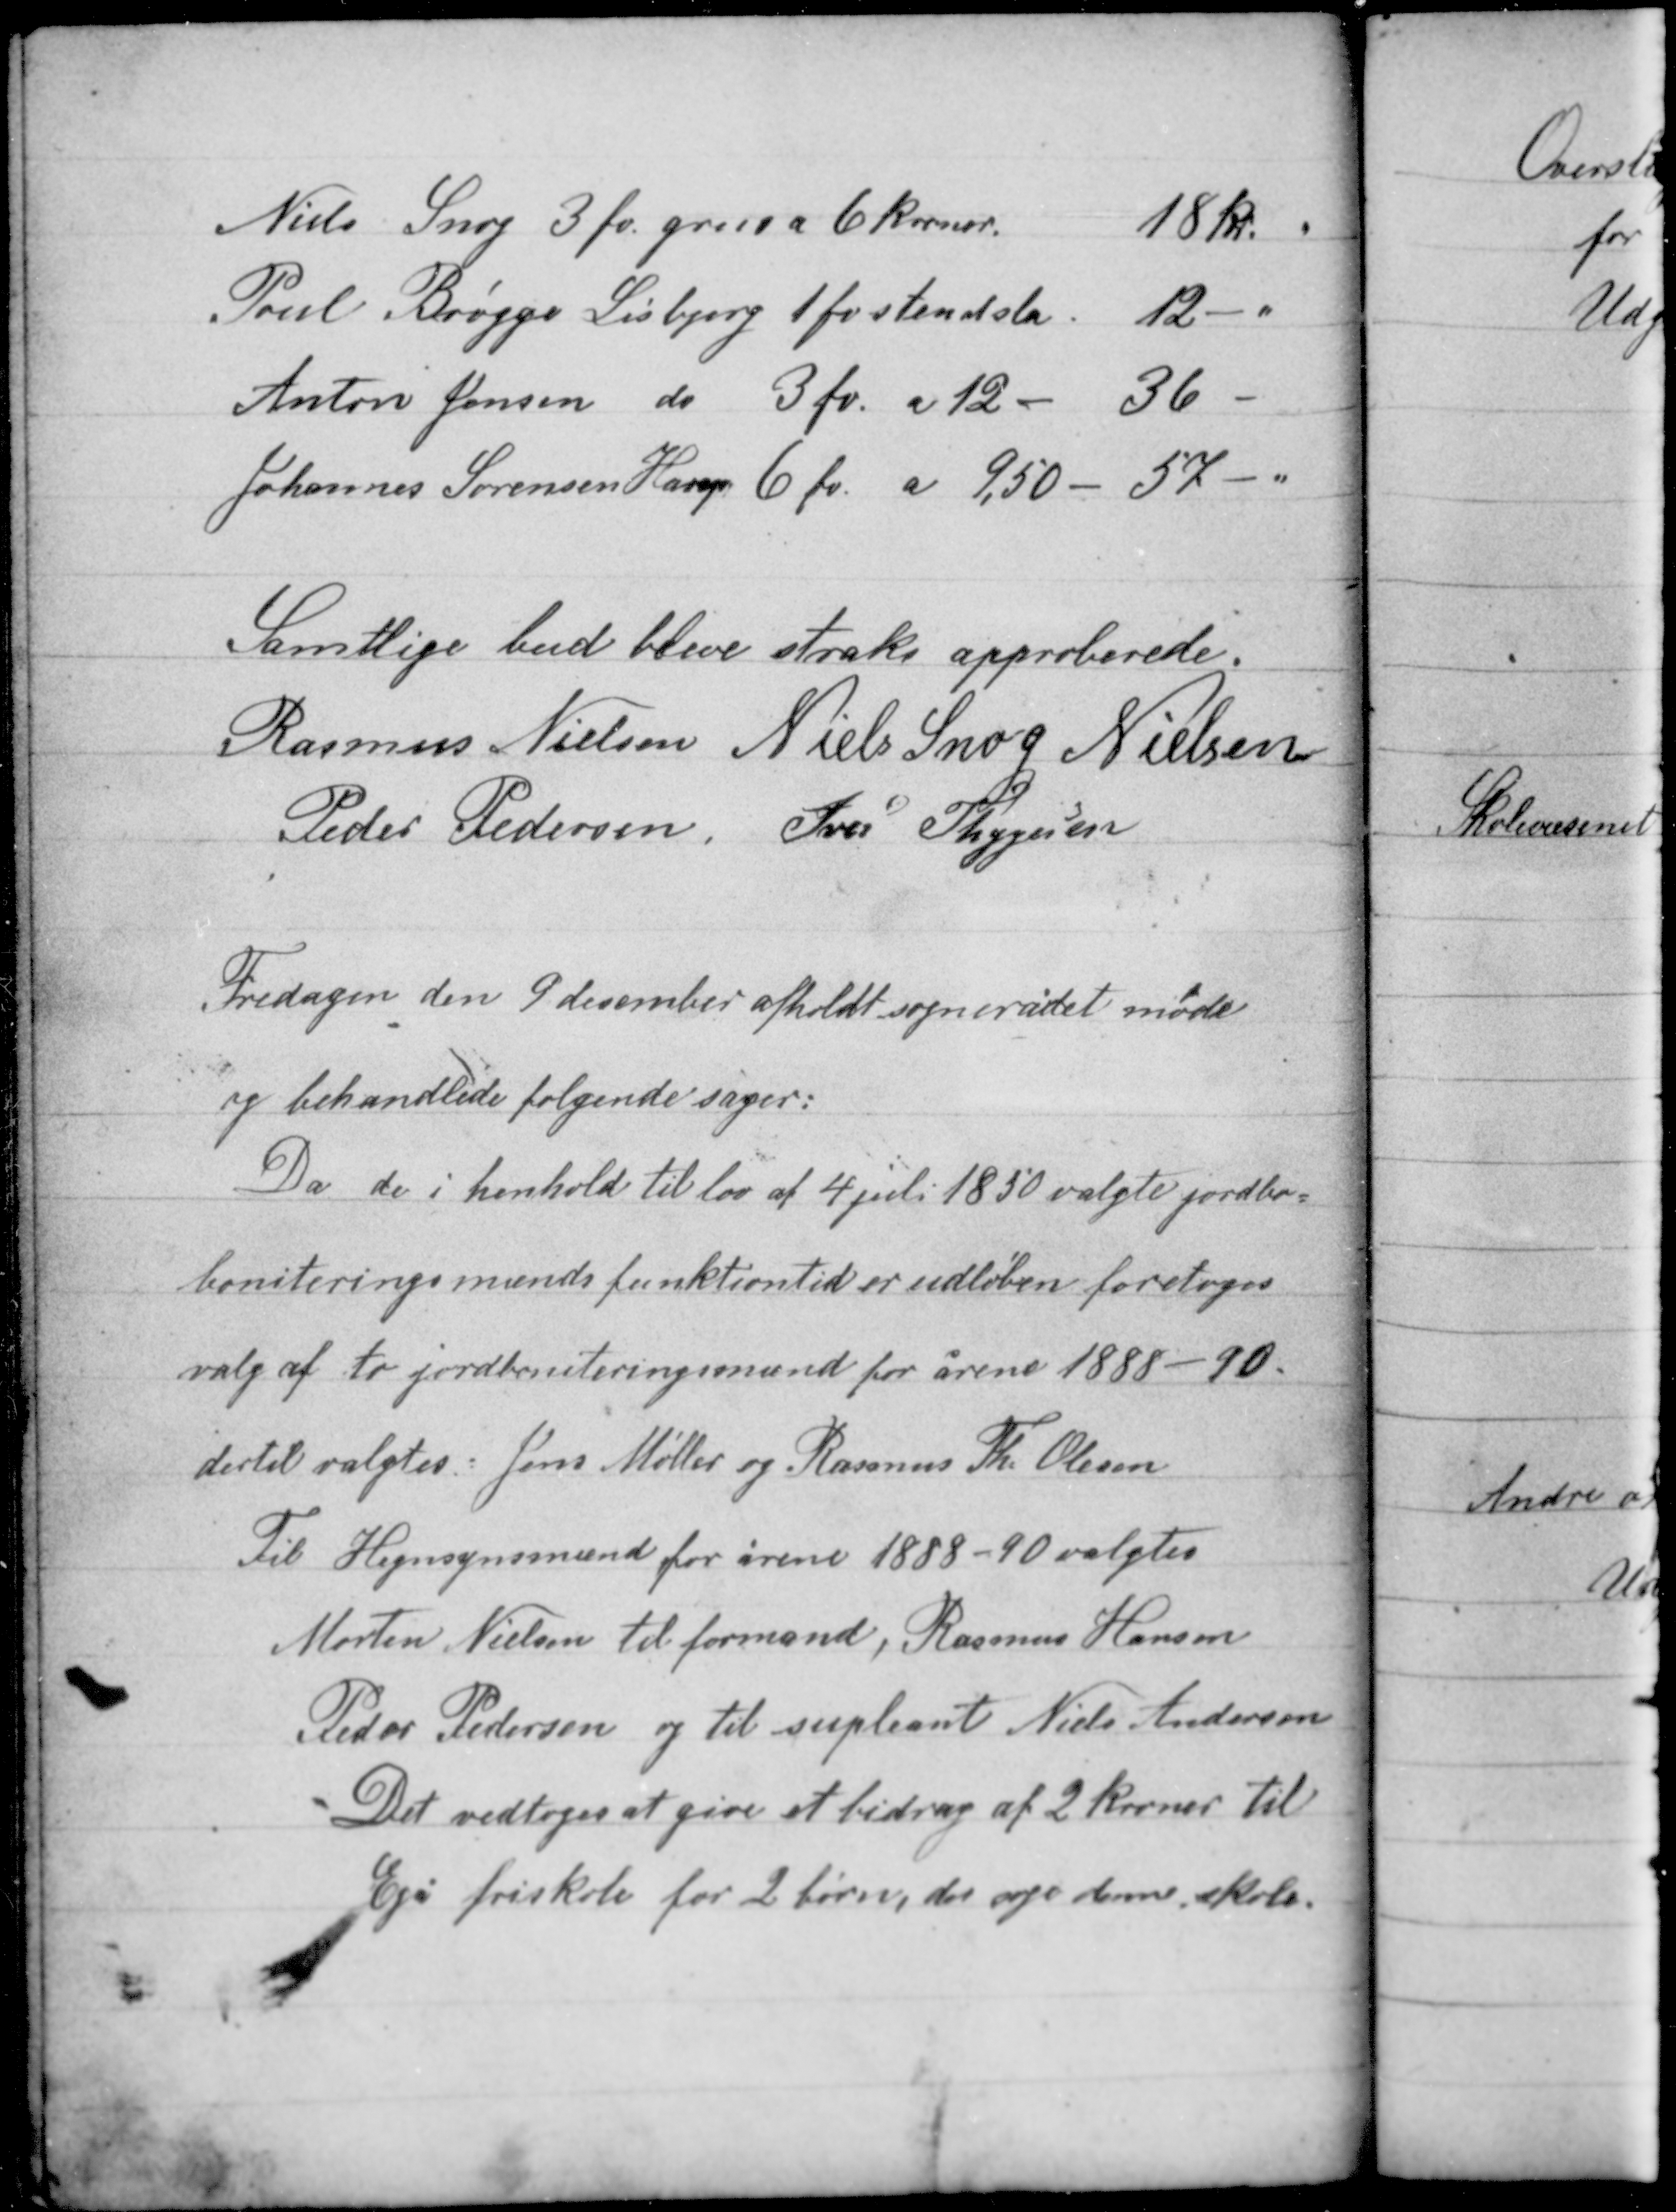
Transskription:
Samtlige bud blive straks approberede.
Rasmus Nielsen Niels Snog Nielsen
Peder Pedersen Iver Thygesen

Fredagen den 9 december afholdt sognerådet møde
og behandlede følgende sager:

Da de i henhold til lov af 4 juli 1850 valgte jordbo-
boniteringsmænds funktiontid er udløben foretoges
valg af to jordboniteringsmænd for årene 1888-90,
dertil valgtes Jens Møller og Rasmus Th. Olesen

Til Hegnsynsmænd for årene 1888-90 valgtes
Morten Nielsen til formand, Rasmus Hansen
Peder Pedersen og til supleant Niels Andersen.
Det vedtoges at give et bidrag af 2 kroner til
Egå friskole for 2 børn, der søge denne skole.